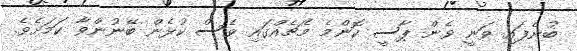
ބުނެފައި ވަނީ ވެން ޕާސީ ކޮންމެ މެޗެއްގައި ވެސް ކުޅެން ބޭނުންވާ ކަމަށެވެ.